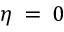
\eta \: = \: 0